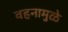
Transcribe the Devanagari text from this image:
वहनामुळे